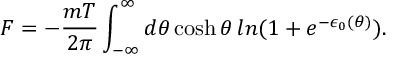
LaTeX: F = - { \frac { m T } { 2 \pi } } \int _ { - \infty } ^ { \infty } d \theta \cosh \theta \, l n ( 1 + e ^ { - \epsilon _ { 0 } ( \theta ) } ) .